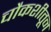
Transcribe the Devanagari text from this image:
चौकशीतून